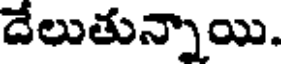
దేలుతున్నాయి.